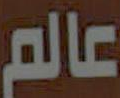
عالم